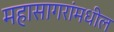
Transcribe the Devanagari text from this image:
महासागरांमधील